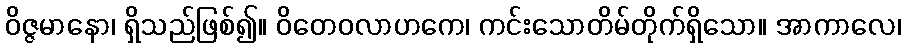
ဝိဇ္ဇမာနော၊ ရှိသည်ဖြစ်၍။ ဝိတေဝလာဟကေ၊ ကင်းသောတိမ်တိုက်ရှိသော။ အာကာလေ၊